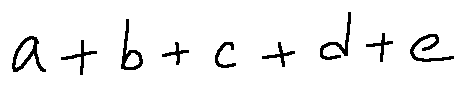
a + b + c + d + e